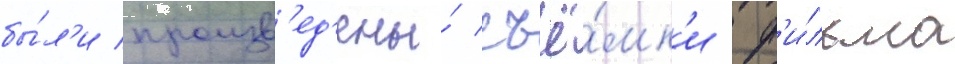
бы́л'и произв'ед'ены́ съё́мк'и ф'и́льма